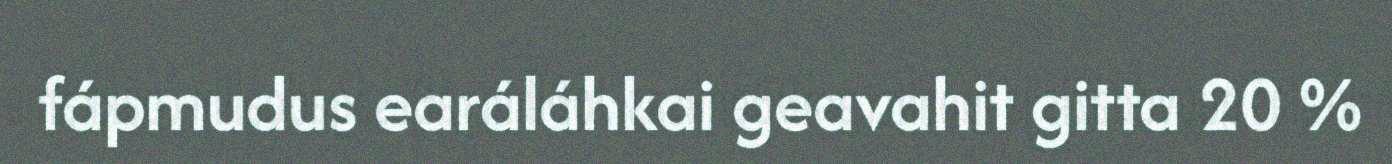
fápmudus earáláhkai geavahit gitta 20 %